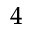
^ 4